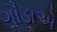
ગૌડાએ